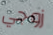
زوجي